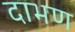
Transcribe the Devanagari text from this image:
दाभण